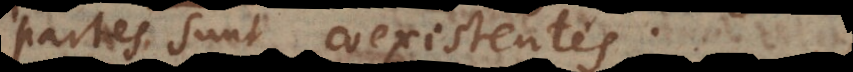
partes sunt coexistentes.